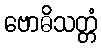
ဗောဓိသတ္တံ